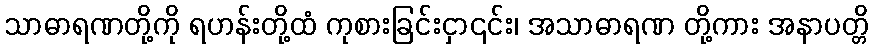
သာဓာရဏတို့ကို ရဟန်းတို့ထံ ကုစားခြင်းငှာ၎င်း၊ အသာဓာရဏ တို့ကား အနာပတ္တိ